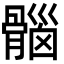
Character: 𮪱